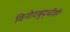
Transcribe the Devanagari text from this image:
विनोदबुद्धीही